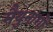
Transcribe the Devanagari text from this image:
मैथुनांगों